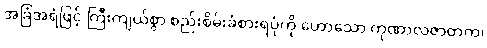
အခြံအရံဖြင့် ကြီးကျယ်စွာ စည်းစိမ်းခံစားရပုံကို ဟောသော ကုဏာလဇာတက၊